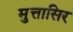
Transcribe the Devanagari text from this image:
मुत्तासिर